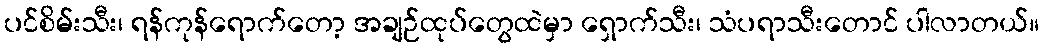
ပင်စိမ်းသီး၊ ရန်ကုန်ရောက်တော့ အချဉ်ထုပ်တွေထဲမှာ ရှောက်သီး၊ သံပရာသီးတောင် ပါလာတယ်။